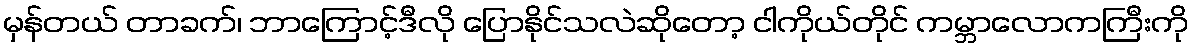
မှန်တယ် တာခက်၊ ဘာကြောင့်ဒီလို ပြောနိုင်သလဲဆိုတော့ ငါကိုယ်တိုင် ကမ္ဘာလောကကြီးကို